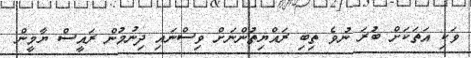
ވަކި އަތަކަށް ބުރަ ނުވެ ތިބި ރައްޔިތުންނަށް ވިސްނައި ދިނުމުން ރައީސް ޔާމީން